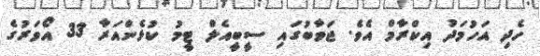
ހެދި އަހުމަދު އިކްރާމް އެވެ. ޖަވާބުގައި ސީބީއެލް ޓީމު ކުޅެންއަރާ 33 އޯވަރުގެ